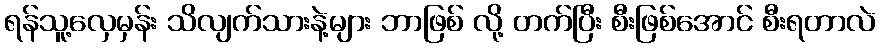
ရန်သူ့လှေမှန်း သိလျက်သားနဲ့များ ဘာဖြစ် လို့ တက်ပြီး စီးဖြစ်အောင် စီးရတာလဲ